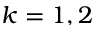
k = 1 , 2